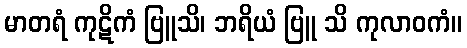
မာတရံ ကုဋိကံ ဗြူသိ၊ ဘရိယံ ဗြူ သိ ကုလာဝကံ။